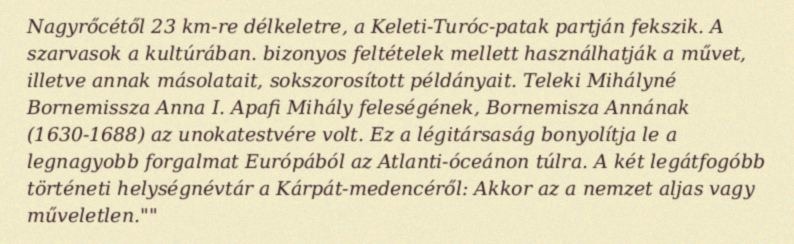
Nagyrőcétől 23 km-re délkeletre, a Keleti-Turóc-patak partján fekszik. A szarvasok a kultúrában. bizonyos feltételek mellett használhatják a művet, illetve annak másolatait, sokszorosított példányait. Teleki Mihályné Bornemissza Anna I. Apafi Mihály feleségének, Bornemisza Annának (1630-1688) az unokatestvére volt. Ez a légitársaság bonyolítja le a legnagyobb forgalmat Európából az Atlanti-óceánon túlra. A két legátfogóbb történeti helységnévtár a Kárpát-medencéről: Akkor az a nemzet aljas vagy műveletlen.""